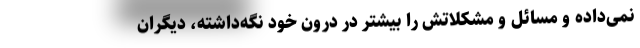
نمی‌داده و مسائل و مشکلاتش را بیشتر در درون خود نگه‌داشته، دیگران